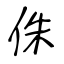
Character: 侏